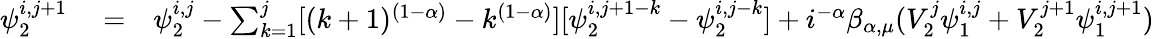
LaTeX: \begin{array}{rlr}{\psi_{2}^{i,j+1}}&{{}=}&{\psi_{2}^{i,j}-\sum_{k=1}^{j}[(k+1)^{(1-\alpha)}-k^{(1-\alpha)}][\psi_{2}^{i,j+1-k}-\psi_{2}^{i,j-k}]+i^{-\alpha}\beta_{\alpha,\mu}(V_{2}^{j}\psi_{1}^{i,j}+V_{2}^{j+1}\psi_{1}^{i,j+1})}\end{array}